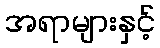
အရာများနှင့်